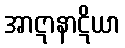
အာဋာနာဋိယာ